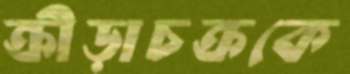
ক্রীড়াচক্রকে